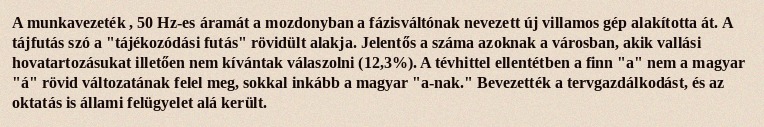
A munkavezeték , 50 Hz-es áramát a mozdonyban a fázisváltónak nevezett új villamos gép alakította át. A tájfutás szó a "tájékozódási futás" rövidült alakja. Jelentős a száma azoknak a városban, akik vallási hovatartozásukat illetően nem kívántak válaszolni (12,3%). A tévhittel ellentétben a finn "a" nem a magyar "á" rövid változatának felel meg, sokkal inkább a magyar "a-nak." Bevezették a tervgazdálkodást, és az oktatás is állami felügyelet alá került.